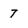
Character: 7